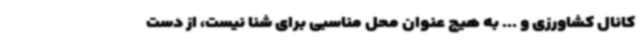
کانال کشاورزی و ... به هیچ عنوان محل مناسبی برای شنا نیست، از دست